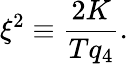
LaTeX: \begin{array}{l}{\displaystyle{\xi^{2}\equiv\frac{2K}{Tq_{4}}.}}\end{array}